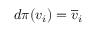
d \pi ( v _ { i } ) = { \overline { { v } } } _ { i }